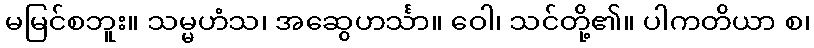
မမြင်စဘူး။ သမ္မဟံသ၊ အဆွေဟင်္သာ။ ဝေါ၊ သင်တို့၏။ ပါကတိယာ စ၊